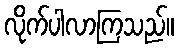
လိုက်ပါလာကြသည်။